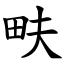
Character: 畉